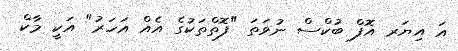
އަ އިޔަރ އޮފް ބުކްސް ނުވަތަ "ފޮތްތަކުގެ އެއް އަހަރު" އަކީ މާކް